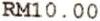
RM10.00